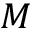
M